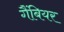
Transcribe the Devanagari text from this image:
गैंबियर